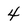
Character: 4